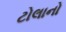
ટોલાનો